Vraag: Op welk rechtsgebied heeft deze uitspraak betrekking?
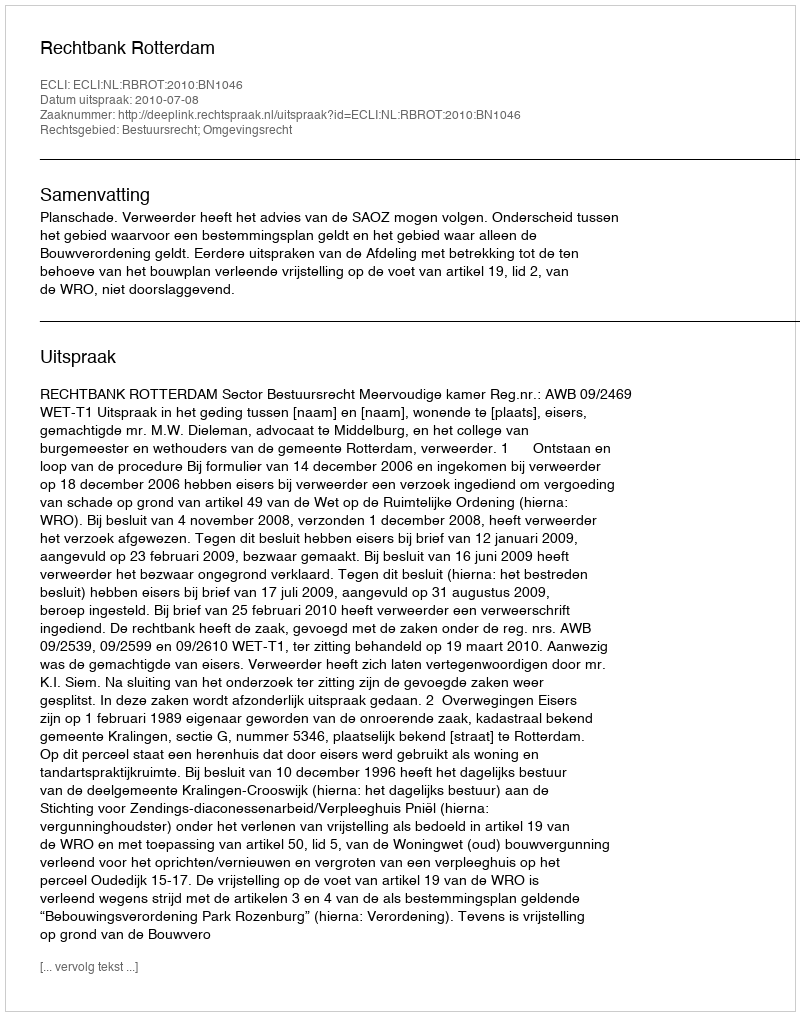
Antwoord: Bestuursrecht; Omgevingsrecht